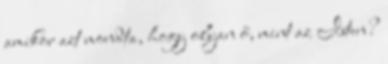
amikor azt mondta, hogy olyan ő, mint az Isten?